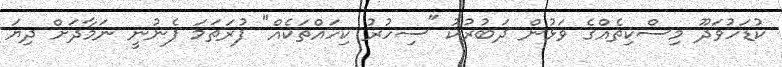
ކުޑަހުވަދޫ މިސްކިތެއްގެ ވަޅުން ދަބުރުކު "ސިހުރު ކިހައްތަކެއް" ފުރަތަމަ ފެނުނީ ނަމާދަށް ދިޔަ